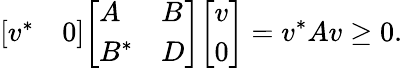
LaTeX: {\left[\begin{array}{ll}{v^{*}}&{0}\end{array}\right]}{\left[\begin{array}{ll}{A}&{B}\\ {B^{*}}&{D}\end{array}\right]}{\left[\begin{array}{l}{v}\\ {0}\end{array}\right]}=v^{*}Av\geq 0.